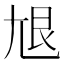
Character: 𡯣